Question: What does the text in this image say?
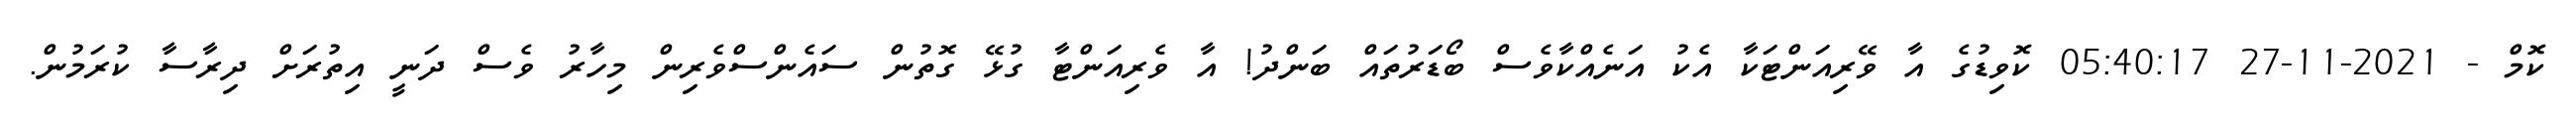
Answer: ކޮމް - 2021-11-27 05:40:17 ކޮވިޑުގެ އާ ވޭރިއަންޓަކާ އެކު އަނެއްކާވެސް ބޯޑަރުތައް ބަންދު! އާ ވެރިއަންޓާ ގުޅޭ ގޮތުން ސައެންސްވެރިން މިހާރު ވެސް ދަނީ އިތުރަށް ދިރާސާ ކުރަމުން.